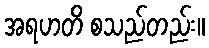
အရဟတိ စသည်တည်း။